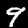
Label: 9